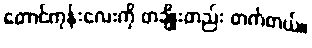
တောင်ကုန်းလေးကို တချိုးတည်း တက်တယ်။